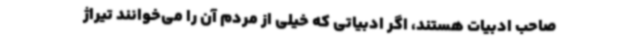
صاحب ادبیات هستند، اگر ادبیاتی که خیلی از مردم آن را می‌خوانند تیراژ